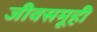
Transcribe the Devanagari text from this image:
जीवसमूही